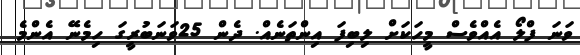
ވަނަ ފްލޯ އެއްވެސް މީހަކަށް ލިބިފަ އިންތަނެއް. ދެން 25ވަނަބުރީގަ ހިމެނޭ އެންމެ